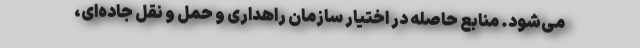
می‌شود. منابع حاصله در اختیار سازمان راهداری و حمل و نقل جاده‌ای،